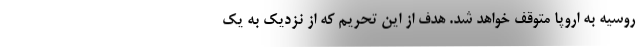
روسیه به اروپا متوقف خواهد شد. هدف از این تحریم که از نزدیک به یک